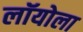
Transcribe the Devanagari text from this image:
लॉयोला